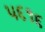
૫૬૧૬